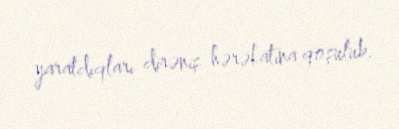
yaratdıqları dirəniş hərəkatına qoşulub.